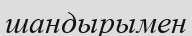
шандырымен